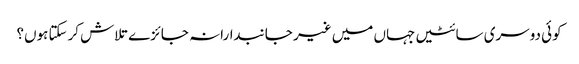
کوئی دوسری سائٹیں جہاں میں غیر جانبدارانہ جائزے تلاش کرسکتا ہوں؟